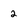
Character: 2